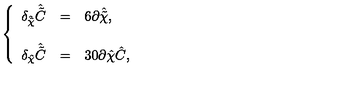
\left\{ \begin{array} { r c l } { \delta _ { \hat { \tilde { \chi } } } \hat { \tilde { C } } } & { = } & { 6 \partial \hat { \tilde { \chi } } , } \\ { } & { } & { } \\ { \delta _ { \hat { \chi } } \hat { \tilde { C } } } & { = } & { 3 0 \partial \hat { \chi } \hat { C } , } \\ \end{array} \right.